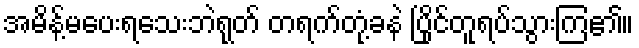
အမိန့်မပေးရသေးဘဲရုတ် တရက်တုံ့ခနဲ ပြိုင်တူရပ်သွားကြ၏။